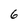
Character: 6